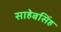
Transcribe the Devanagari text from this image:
साहेबसिंह